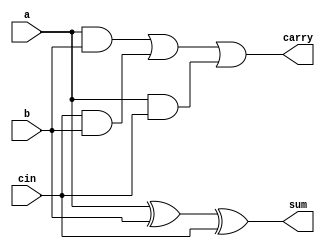
`timescale 1ns / 1ps
module fulladder
        (    a,b,cin,
           sum,carry
            );
            input  a;
            input b;
            input cin;
output sum;
output carry;            

assign sum = a ^ b ^ cin;
assign carry = (a & b) | (cin & b) | (a & cin);

endmodule



module multiplexer2
        (    i0,i1,sel,
             bitout
            );
input i0;
input i1;
input sel;
output reg bitout;

always@(i0,i1,sel)
begin
if(sel == 0)
    bitout = i0;
else
    bitout = i1; 
end

endmodule



module carryselect_32_bit (   a,b,
             cin,
           sum,
           cout
            );
            input [31:0] a;
            input [31:0] b;
            input cin;
            output [31:0] sum;
            output cout;
        

wire [31:0] temp0,temp1;
wire [32:0]carry0,carry1;
assign carry0[0]=0;
assign carry1[0]=1;
genvar i;

generate for(i=0;i<32;i=i+1)
begin
fulladder fa0(a[i],b[i],carry0[i],temp0[i],carry0[i+1]); 
fulladder fa1(a[i],b[i],carry1[i],temp1[i],carry1[i+1]);   
 multiplexer2 mux_sum(temp0[i],temp1[i],cin,sum[i]);
end
endgenerate


multiplexer2 mux_carry(carry0[32],carry1[32],cin,cout);

endmodule